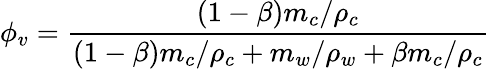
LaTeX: {{\phi}_{v}}=\frac{(1-\beta){{m}_{c}}/{{\rho}_{c}}}{(1-\beta){{m}_{c}}/{{\rho}_{c}}+{{m}_{w}}/{{\rho}_{w}}+\beta{{m}_{c}}/{{\rho}_{c}}}